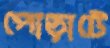
পোড়াটে